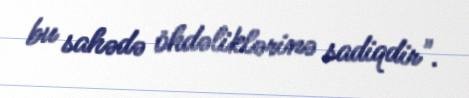
bu sahədə öhdəliklərinə sadiqdir".